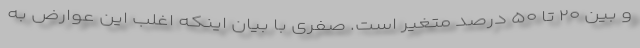
و بین ۲۰ تا ۵۰ درصد متغیر است. صفری با بیان اینکه اغلب این عوارض به